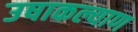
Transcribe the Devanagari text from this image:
उषाकल्याण